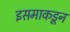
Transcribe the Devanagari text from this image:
इसमाकडून